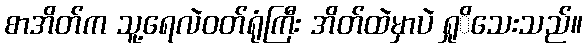
စာအိတ်က သူ့ရေလဲဝတ်ရုံကြီး အိတ်ထဲမှာပဲ ရှုိသေးသည်။